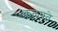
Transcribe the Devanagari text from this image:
कलपते